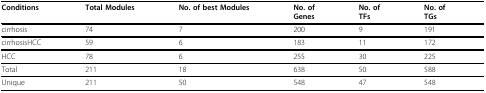
<table><thead><tr><td><b>Conditions</b></td><td><b>Total Modules</b></td><td><b>No. of best Modules</b></td><td><b>No. ofGenes</b></td><td><b>No. ofTFs</b></td><td><b>No. ofTGs</b></td></tr></thead><tbody><tr><td>cirrhosis</td><td>74</td><td>7</td><td>200</td><td>9</td><td>191</td></tr><tr><td>cirrhosisHCC</td><td>59</td><td>6</td><td>183</td><td>11</td><td>172</td></tr><tr><td>HCC</td><td>78</td><td>6</td><td>255</td><td>30</td><td>225</td></tr><tr><td>Total</td><td>211</td><td>18</td><td>638</td><td>50</td><td>588</td></tr><tr><td>Unique</td><td>211</td><td>50</td><td>548</td><td>47</td><td>548</td></tr></tbody></table>